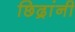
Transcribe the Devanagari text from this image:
छिद्रांनी